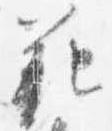
範